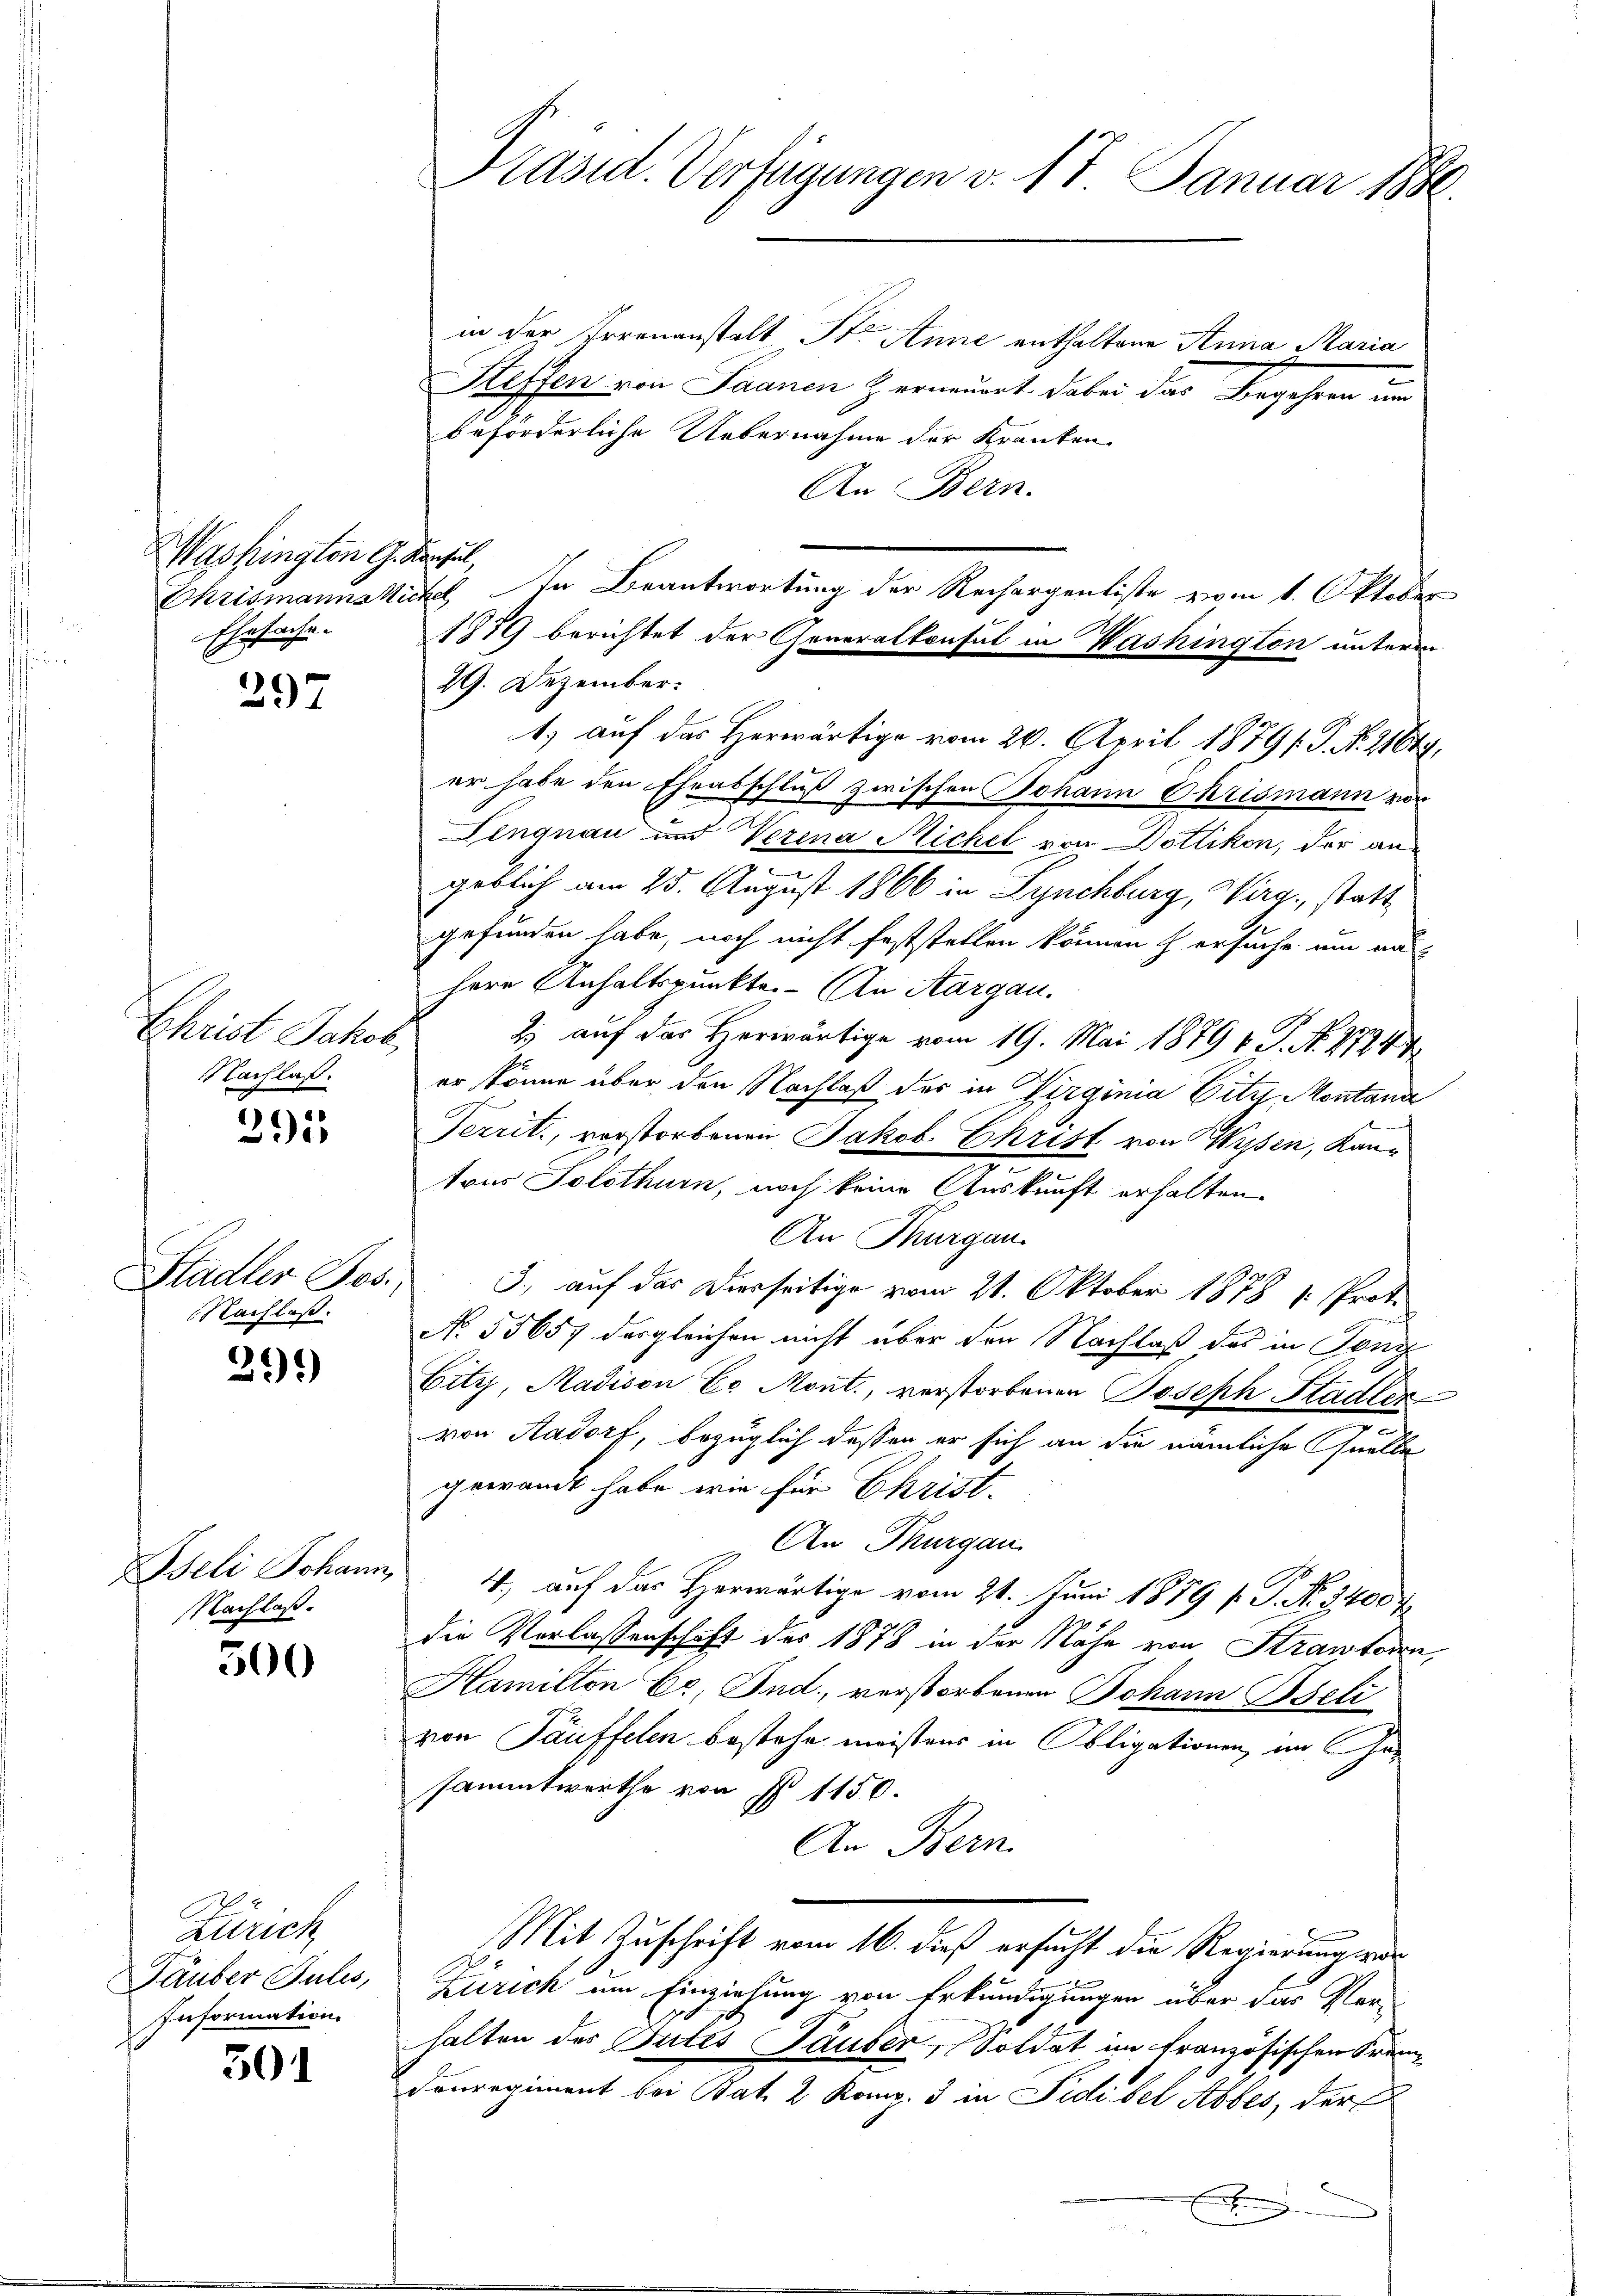
Mashington G. Konsul
Ehesache.

297

Ehrist Jakob
Nachlaß.

291

Stadler Jos.
Nachlaß.

291)

Iseli Johann,
NNachlaß.

500

Zürich
Täuber Julis,
Information

501

Präsid. Verfügungen v. 17. Januar 1880.

in der Irrenanstalt St. Anne enthaltene Anna Maria
Steffen von Saanen Z. erneuert. Dabei das Begehren um
beförderliche Uebernahme der Kranken
An Bern.
Chrismannatickel In Beantwortung der Rechargenliste zum 1. Oktober
1879 berichtet der Generalkonsul in Washington unterm
29. Dezember.
1.) auf das Herwärtige vom 26. April 1879 /: P. Nr. 21644,
er habe den Eheabschluß zwischen Johann Chrismann von
Lingnau und Verena Michel von Dottikon, der angeblich am 25. August 1866 in Lynchburg, Wirg, statt
gefunden habe, noch nicht feststellen können & ersuche um au
here Anhaltspunkte. An Aargau.
2) auf das Herwärtige vom 19. Mai 1879 v. J. N. 27244.
er könne über den Nachlaß der in Virginia Vitz Montande
Territ, vorstorbenen Jakob Ehrist von Wien, Kantous Solothurn, noch keine Auskunft erhalten.
An Thurgau.
3., auf das Dierseitige vom 21. Oktober 1878 1. Prot.
No 55657 dergleichen nicht über den Nachlaß des in Tong
Fitz, Madison E. Mont., verstorbenen Joseph Stadter
1
von Aadorf, bezüglich dessen er sich an die nämliche Quelle
gewandt habe, wie für Christ.
An Thurgau
4) auf das Herwärtige vom 21. Juni 1879 f. P. Nr. 3400
die Verlassenschaft des 1878 in der Nähe von Strautoren,
Hamilton Er, Ind, verstorbenen Johann Bjeli
von Täuffelen bestehe, meistens in Obligationen, im Gesammtwerthe von § 1150.
An Bern.
Mit Zuschrift vom 16. dieß ersucht die Regierung war
N 5
Zürich um Einziehung von Erkundigungen über das Ver-
halten des Gutes Säuber, Soldat im französischen Frem¬
Donregiment bei Bat. 2 Komp. 3 in Fidibel Abbes, der
E
.